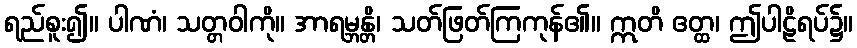
ရည်စူး၍။ ပါဏံ၊ သတ္တဝါကို။ အာရမ္ဘန္တိ၊ သတ်ဖြတ်ကြကုန်၏။ ဣတိ ဧတ္ထ၊ ဤပါဠိရပ်၌။